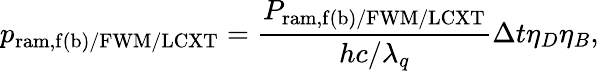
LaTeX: p_{\mathrm{ram,f(b)/FWM/LCXT}}=\frac{P_{\mathrm{ram,f(b)/FWM/LCXT}}}{hc/\lambda_{q}}\Delta t\eta_{D}\eta_{B},